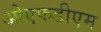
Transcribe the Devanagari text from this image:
ओएफडीएम